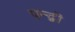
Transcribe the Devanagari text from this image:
पन्द्वी